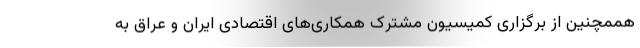
هممچنین از برگزاری کمیسیون مشترک همکاری‌های اقتصادی ایران و عراق به